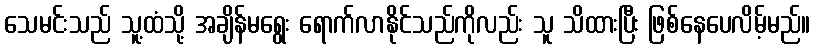
သေမင်းသည် သူ့ထံသို့ အချိန်မရွေး ရောက်လာနိုင်သည်ကိုလည်း သူ သိထားပြီး ဖြစ်နေပေလိမ့်မည်။